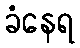
ခံနေရ